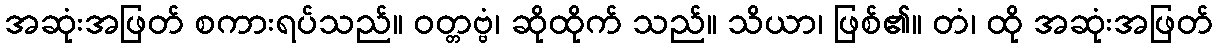
အဆုံးအဖြတ် စကားရပ်သည်။ ဝတ္တဗ္ဗံ၊ ဆိုထိုက် သည်။ သိယာ၊ ဖြစ်၏။ တံ၊ ထို အဆုံးအဖြတ်